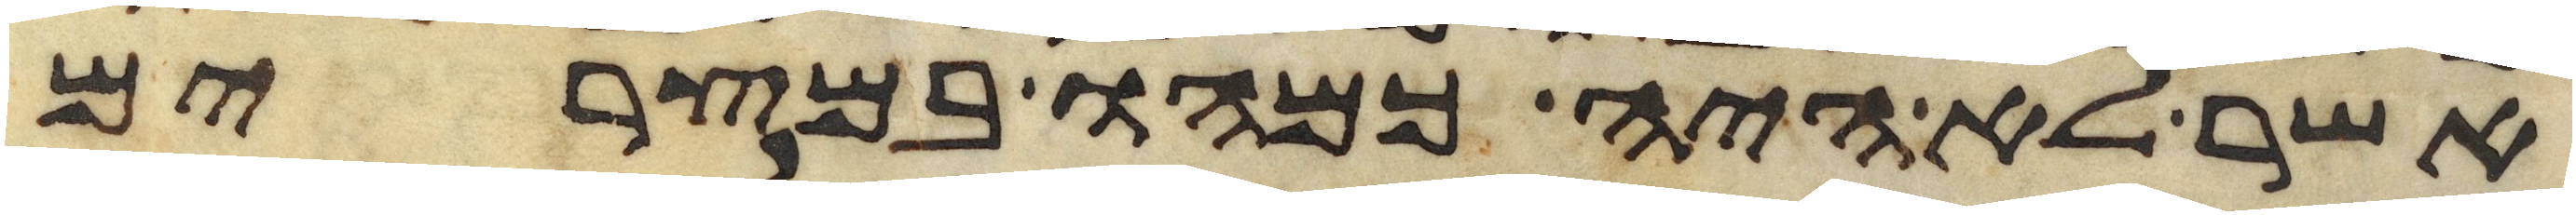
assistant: אשר לא היה כמהו במצרים